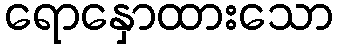
ရောနှောထားသော